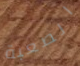
الصعبة